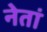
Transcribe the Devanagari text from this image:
नेतां